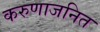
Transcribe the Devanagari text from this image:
करुणाजनित